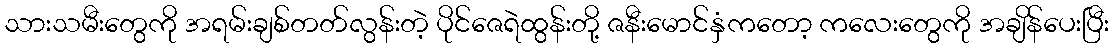
သားသမီးတွေကို အရမ်းချစ်တတ်လွန်းတဲ့ ပိုင်ဇေရဲထွန်းတို့ ဇနီးမောင်နှံကတော့ ကလေးတွေကို အချိန်ပေးပြီး